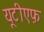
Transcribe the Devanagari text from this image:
यूटीएफ़